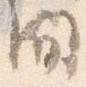
間